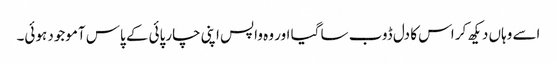
اسے وہاں دیکھ کر اس کا دل ڈوب سا گیا اور وہ واپس اپنی چارپائی کے پاس آموجود ہوئی۔